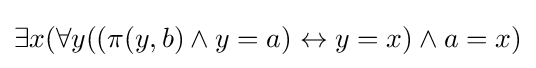
\exists x(\forall y((\pi (y,b)\land y=a)\leftrightarrow y=x)\land a=x)